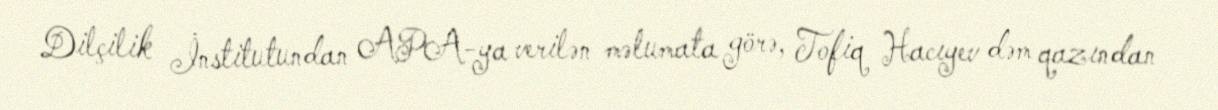
Dilçilik İnstitutundan APA-ya verilən məlumata görə, Tofiq Hacıyev dəm qazından